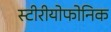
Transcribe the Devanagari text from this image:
स्टीरीयोफोनिक